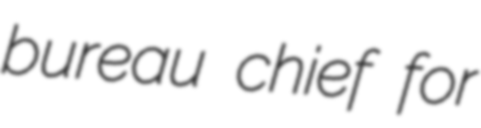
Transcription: bureau chief for